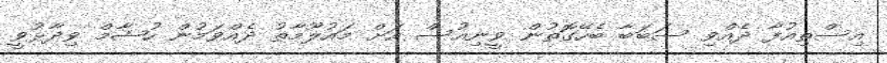
އިސްތިއުފާ ދެއްވި ސަބަބާ ބެހޭގޮތުން ވީނިއުސް އަށް މައުލޫމާތު ދެއްވަމުން ހުޝާމް ވިދާޅުވީ